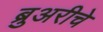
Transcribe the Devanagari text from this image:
ब्रुअरीचे